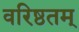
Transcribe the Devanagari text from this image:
वरिष्ठतम्